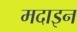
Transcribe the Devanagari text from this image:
मदाइन